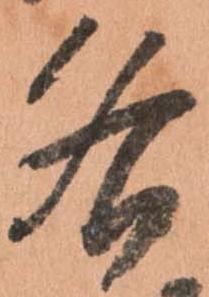
各